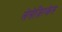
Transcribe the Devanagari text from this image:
लेसेज़िरकेल